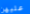
عليهن